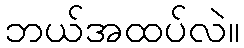
ဘယ်အထပ်လဲ။